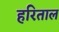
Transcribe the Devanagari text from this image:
हरिताल